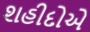
શહીદોએ